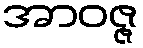
အာဝဇ္ဇ